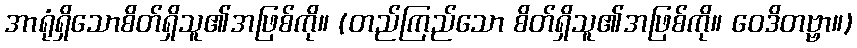
အာရုံရှိသောစိတ်ရှိသူ၏အဖြစ်ကို။ (တည်ကြည်သော စိတ်ရှိသူ၏အဖြစ်ကို။ ဝေဒိတဗ္ဗာ။)